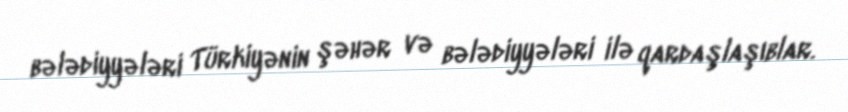
bələdiyyələri Türkiyənin şəhər və bələdiyyələri ilə qardaşlaşıblar.